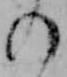
の